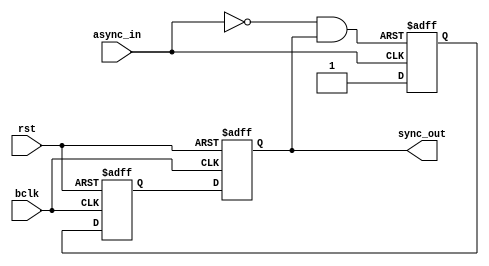
module sync_h2lck(
    input async_in, bclk, rst,
    output sync_out
    );

reg q1, q2, q3;
wire async_rst;

assign async_rst = !async_in && sync_out;

always @(posedge async_in or posedge async_rst) begin
    if (async_rst) begin
        q1 <= 1'b0;
    end
    else begin
        q1 <= 1'b1;
    end
end

always @(posedge bclk or posedge rst) begin
    if (rst) begin
        q2 <= 1'b0;
        q3 <= 1'b0;
    end
    else begin
        q2 <= q1;
        q3 <= q2;
    end
end

assign sync_out = q3;

endmodule